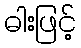
ဓါးဖြင့်